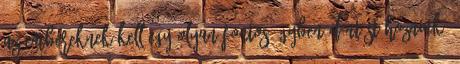
az embereknek kell egy olyan fontos ügyben döntést hozniuk,